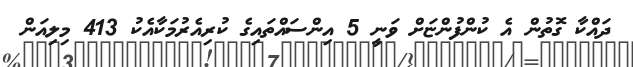
ދައްކާ ގޮތުން އެ ކުންފުންޏަށް ވަނީ 5 އިންސައްތައިގެ ކުރިއެރުމަކާއެކު 413 މިލިއަން